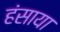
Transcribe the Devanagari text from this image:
हंसाया